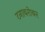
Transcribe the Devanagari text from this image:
टनाबरोबर